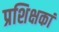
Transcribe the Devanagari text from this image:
प्रशिक्षकां